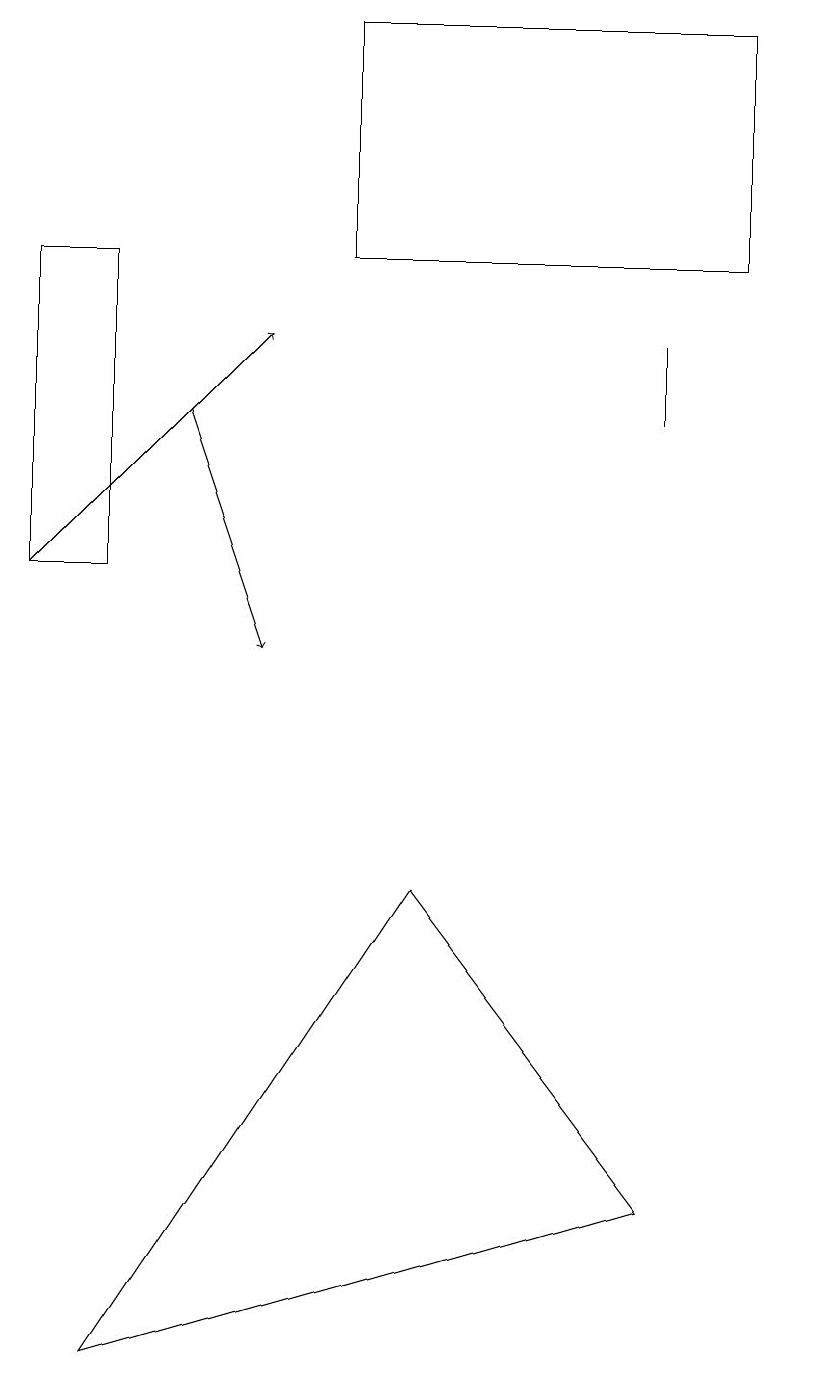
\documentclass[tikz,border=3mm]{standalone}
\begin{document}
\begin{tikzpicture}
\draw (9,18) rectangle (4,15);
\draw[->] (0,11) -- (3,14);
\draw (8,3) -- (5,7) -- (1,1) -- cycle;
\draw (10,10) circle (0);
\draw[->] (2,13) -- (3,10);
\draw (8,14) rectangle (8,13);
\draw (0,11) rectangle (1,15);
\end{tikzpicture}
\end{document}